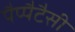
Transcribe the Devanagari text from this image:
पैप्पैटैसी